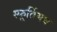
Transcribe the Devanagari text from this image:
स्फूर्तिमय